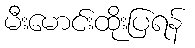
မီးမောင်းထိုးပြရန်